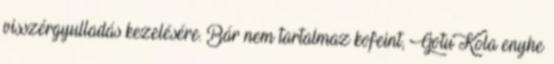
visszérgyulladás kezelésére. Bár nem tartalmaz kofeint, Gotu Kola enyhe